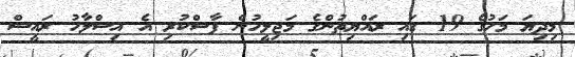
މިދިޔަ މަހުގެ 19 ގައި ރައްޔިތުންގެ މަޖިލީހުން ފާސްކުރި އެ އިސްލާހު ރައީސް